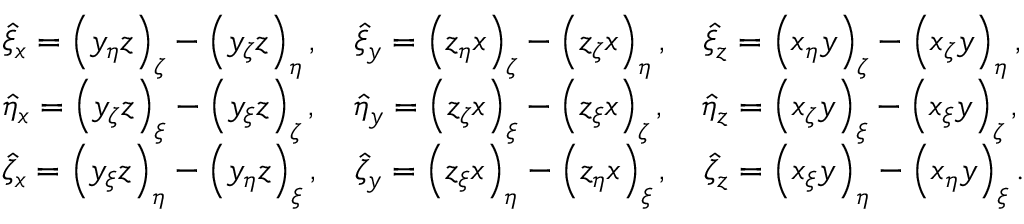
\begin{array} { r l } & { \hat { \xi } _ { x } = \left( y _ { \eta } z \right) _ { \zeta } - \left( y _ { \zeta } z \right) _ { \eta } , \quad \hat { \xi } _ { y } = \left( z _ { \eta } x \right) _ { \zeta } - \left( z _ { \zeta } x \right) _ { \eta } , \quad \hat { \xi } _ { z } = \left( x _ { \eta } y \right) _ { \zeta } - \left( x _ { \zeta } y \right) _ { \eta } , } \\ & { \hat { \eta } _ { x } = \left( y _ { \zeta } z \right) _ { \xi } - \left( y _ { \xi } z \right) _ { \zeta } , \quad \hat { \eta } _ { y } = \left( z _ { \zeta } x \right) _ { \xi } - \left( z _ { \xi } x \right) _ { \zeta } , \quad \hat { \eta } _ { z } = \left( x _ { \zeta } y \right) _ { \xi } - \left( x _ { \xi } y \right) _ { \zeta } , } \\ & { \hat { \zeta } _ { x } = \left( y _ { \xi } z \right) _ { \eta } - \left( y _ { \eta } z \right) _ { \xi } , \quad \hat { \zeta } _ { y } = \left( z _ { \xi } x \right) _ { \eta } - \left( z _ { \eta } x \right) _ { \xi } , \quad \hat { \zeta } _ { z } = \left( x _ { \xi } y \right) _ { \eta } - \left( x _ { \eta } y \right) _ { \xi } . } \end{array}